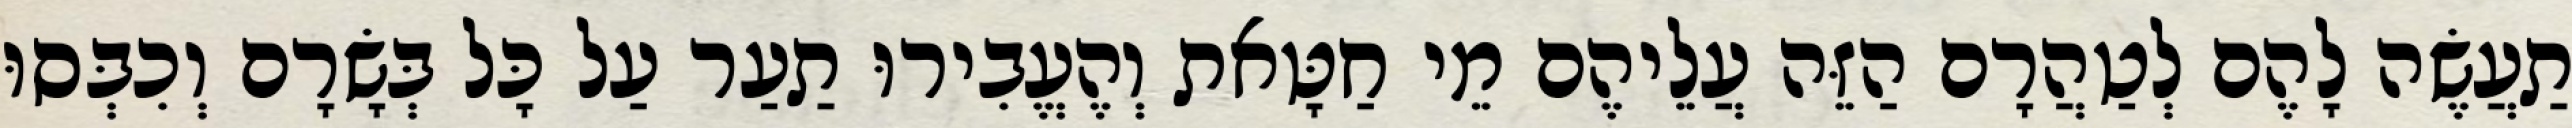
תַעֲשֶׂה לָהֶם לְטַהֲרָם הַזֵּה עֲלֵיהֶם מֵי חַטָּאת וְהֶעֱבִירוּ תַעַר עַל כָּל בְּשָׂרָם וְכִבְּסוּ